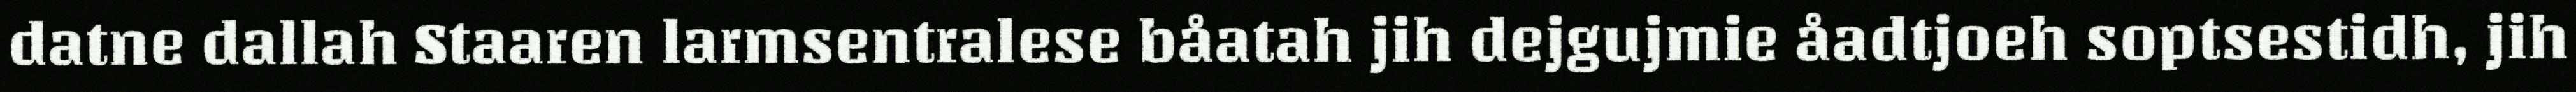
datne dallah Staaren larmsentralese båatah jih dejgujmie åadtjoeh soptsestidh, jih